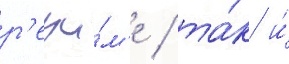
р'ежи́м'е / та́к и́